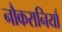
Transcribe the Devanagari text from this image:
नौकरानियाँ